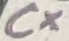
Text: Cx